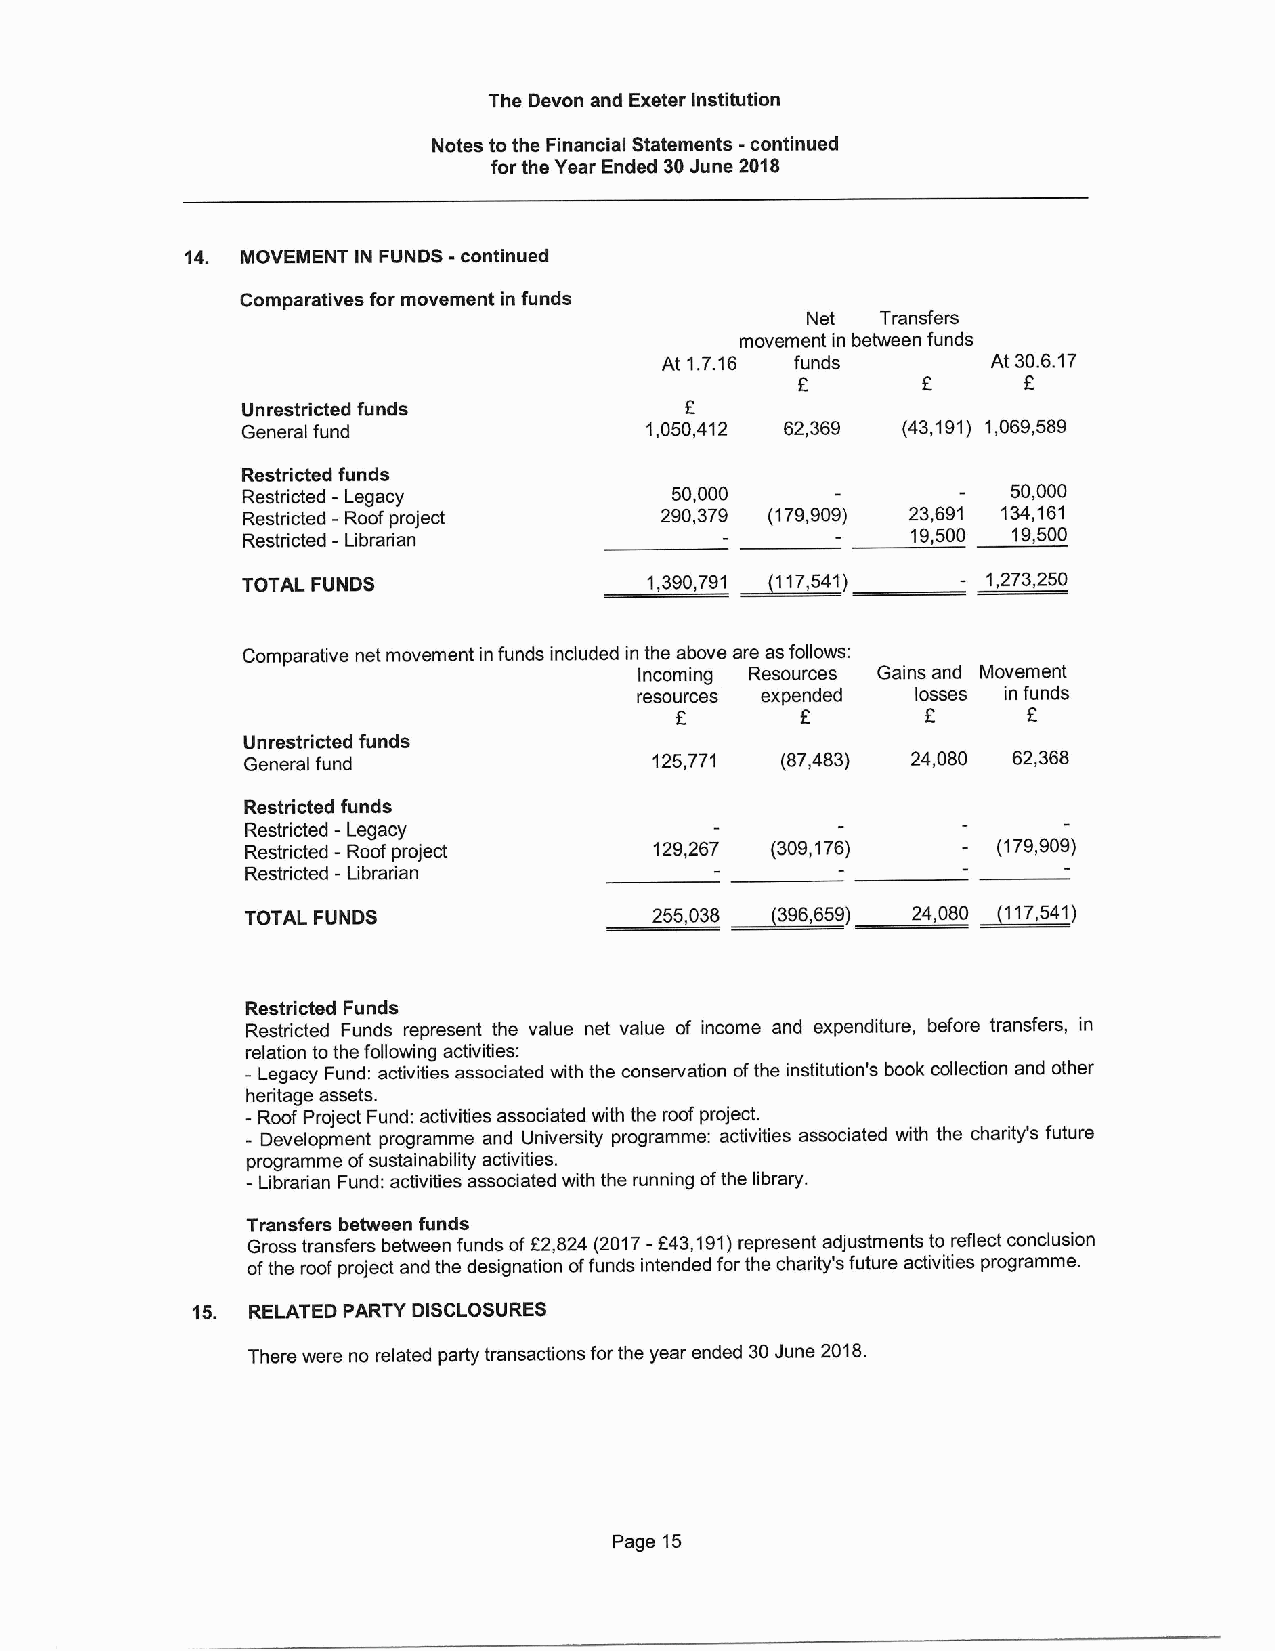
The Devon and Exeter Institution
 Notes to the Financial Statements -continued
 for the Year Ended 30June 2018
 14. MOVEMENT IN FUNDS -continued
 Comparatives for movement in funds
 Net  Transfers
 movement in between funds
 At 1.7.16 funds       At 30.6.17
 F      F
 Unrestricted funds
 General fund               1,050,412 62,369 (43,191) 1,069,589
 Restricted funds
 Restricted - Legacy          50,000                50,000
 Restricted - Roof project   290,379 (179,909) 23,691 134,161
 Restricted - Librarian                      19,500 19,500
 TOTAL FUNDS                1,390,791 ~117, 541)  1,273,250
 Comparative net movement in funds included in the above are as follows:
 Incoming Resources Gains and Movement
 resources expended losses in funds
 E
 Unrestricted funds
 General fund               125,771  (87,483) 24,080 62,368
 Restricted funds
 Restricted - Legacy
 Restricted -Roof project   129,267 (309,176)      (179,909)
 Restricted - Libradan
 TOTAL FUNDS                255,038 ~396, 659) 24,080 ~117,541)
 Restricted Funds
 Restricted Funds represent the value net value of income and expenditure, before transfers, in
 relation tothe following activities:
 - Legacy Fund: activities associated with the conservation ofthe institution's book collection and other
 heritage assets.
 - Roof Project Fund: activities associated with the roof project.
 - Development programme and University programme: activities associated with the charity's future
 programme ofsustainability activities.
 -Librarian Fund: activities associated with the running ofthe library.
 Transfers between funds
 Gross transfers between funds ofE2,824 (2017-f43,191)represent adjustments to reflect conclusion
 ofthe roof project and the designation offunds intended for the charity's future activities programme.
 15. RELATED PARTY DISCLOSURES
 There were no related party transactions forthe year ended 30June 2018.
 Page 15